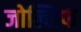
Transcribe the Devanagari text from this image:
जोल्लिफ